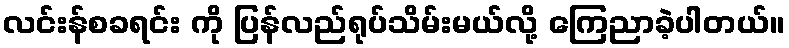
လင်းန်စခရင်း ကို ပြန်လည်ရုပ်သိမ်းမယ်လို့ ကြေညာခဲ့ပါတယ်။